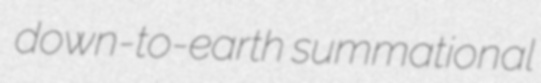
down-to-earth summational